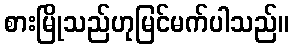
စားမြိုသည်ဟုမြင်မက်ပါသည်။